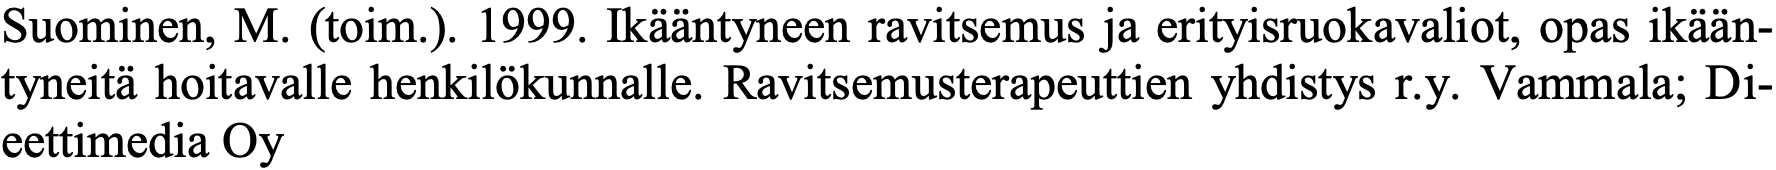
Suominen, M. (toim.). 1999. Ikääntyneen ravitsemus ja erityisruokavaliot, opas ikään- tyneitä hoitavalle henkilökunnalle. Ravitsemusterapeuttien yhdistys r.y. Vammala; Di- eettimedia Oy